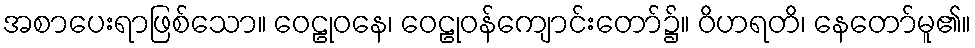
အစာပေးရာဖြစ်သော။ ဝေဠုဝနေ၊ ဝေဠုဝန်ကျောင်းတော်၌။ ဝိဟရတိ၊ နေတော်မူ၏။